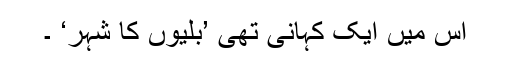
اس میں ایک کہانی تھی ’بلّیوں کا شہر‘ ۔